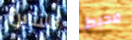
فالنتاين محبط